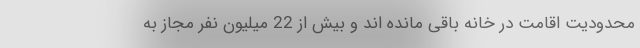
محدودیت اقامت در خانه باقی مانده اند و بیش از 22 میلیون نفر مجاز به